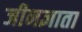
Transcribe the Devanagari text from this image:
जीनज्ञाता